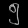
Digit: ၅